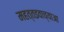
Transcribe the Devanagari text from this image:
महत्तइवाच्याआ